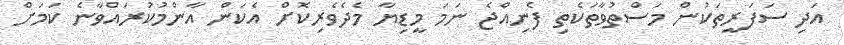
އަދި ސަފަރީތަކުން މަސްތުވާތަކެތި ފެނިއްޖެ ނަމަ މީޑިޔާ މެދެވެރިކޮށް އެކަން އާންމުކުރައްވާނެ ކަމަށް